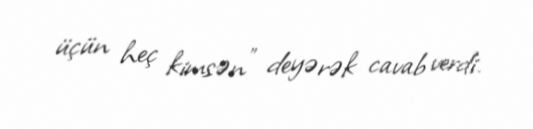
üçün heç kimsən" deyərək cavab verdi.